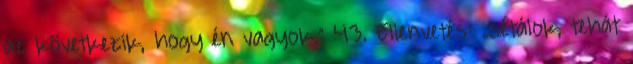
az következik, hogy én vagyok.” 43. Ellenvetés: „sétálok, tehát